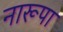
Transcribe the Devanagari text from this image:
नारूपा